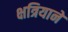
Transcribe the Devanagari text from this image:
क्षत्रियाने